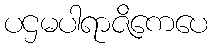
ပဌမပါရာဇိကေပေ